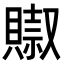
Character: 𧷌